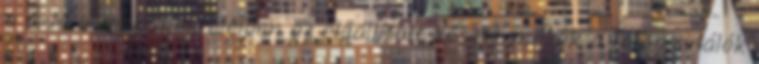
a 6-M elvnek megfelelően az előállított késztermékek a felhasználók